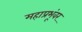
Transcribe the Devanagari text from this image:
महाप्रभूंवर